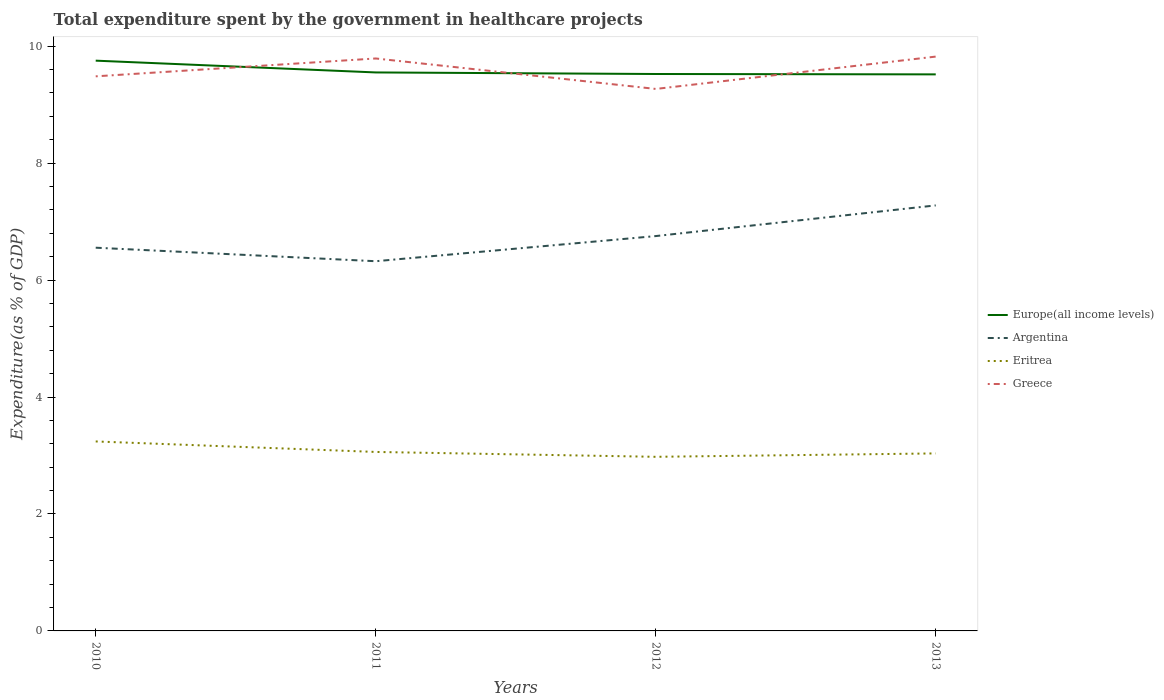
| Years | Europe(all income levels) | Argentina | Eritrea | Greece |
 | --- | --- | --- | --- | --- |
 | 2010 | 9.75 | 6.55 | 3.24 | 9.48 |
 | 2011 | 9.55 | 6.32 | 3.06 | 9.79 |
 | 2012 | 9.52 | 6.75 | 2.98 | 9.27 |
 | 2013 | 9.52 | 7.28 | 3.04 | 9.82 |